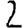
Digit: 2